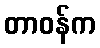
တာဝန်က